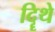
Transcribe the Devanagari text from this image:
दिॄथे